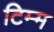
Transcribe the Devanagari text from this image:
टिम्म